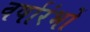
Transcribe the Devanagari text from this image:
वर्षारंभों